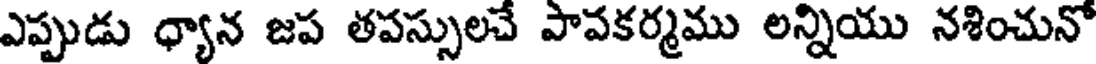
ఎప్పుడు ధ్యాన జప తపస్సులచే పావకర్మము లన్నియు నశించునో